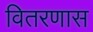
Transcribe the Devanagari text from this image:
वितरणास